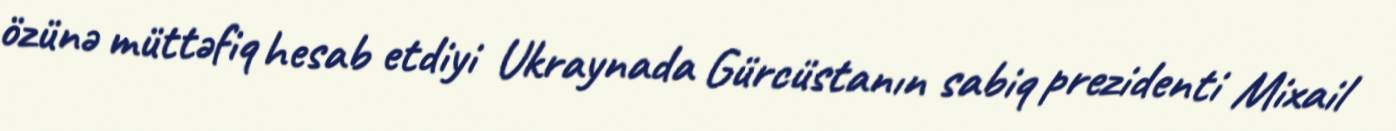
özünə müttəfiq hesab etdiyi Ukraynada Gürcüstanın sabiq prezidenti Mixail